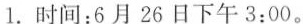
1.时间：6月26日下午3:00。